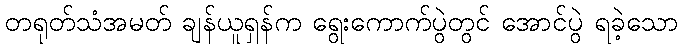
တရုတ်သံအမတ် ချန်ယူရှန်က ရွေးကောက်ပွဲတွင် အောင်ပွဲ ရခဲ့သော